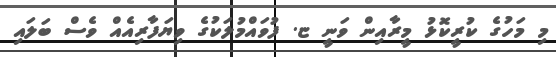
މި މަހުގެ ކުރީކޮޅު މީރާއިން ވަނީ ޏ. ފުވައްމުލަކުގެ ވިޔަފާރިއެއް ވެސް ބަލައި